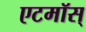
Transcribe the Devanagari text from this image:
एटमॉस्